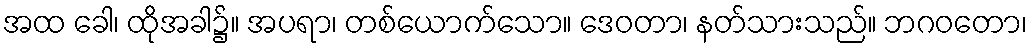
အထ ခေါ၊ ထိုအခါ၌။ အပရာ၊ တစ်ယောက်သော။ ဒေဝတာ၊ နတ်သားသည်။ ဘဂဝတော၊